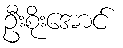
ဦးစိုးအောင်